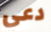
دعي